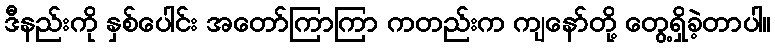
ဒီနည်းကို နှစ်ပေါင်း အတော်ကြာကြာ ကတည်းက ကျနော်တို့ တွေ့ရှိခဲ့တာပါ။